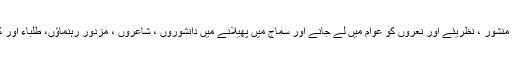
پیپلز پارٹی کو مقبول بنانے، اس کے منشور ، نظریئے اور نعروں کو عوام میں لے جانے اور سماج میں پھیلانے میں دانشوروں ، شاعروں ، مزدور رہنماؤں، طلباء اور کسان لیڈروں نے بنیادی کردار ادا کیا۔